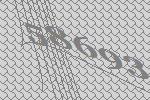
58693